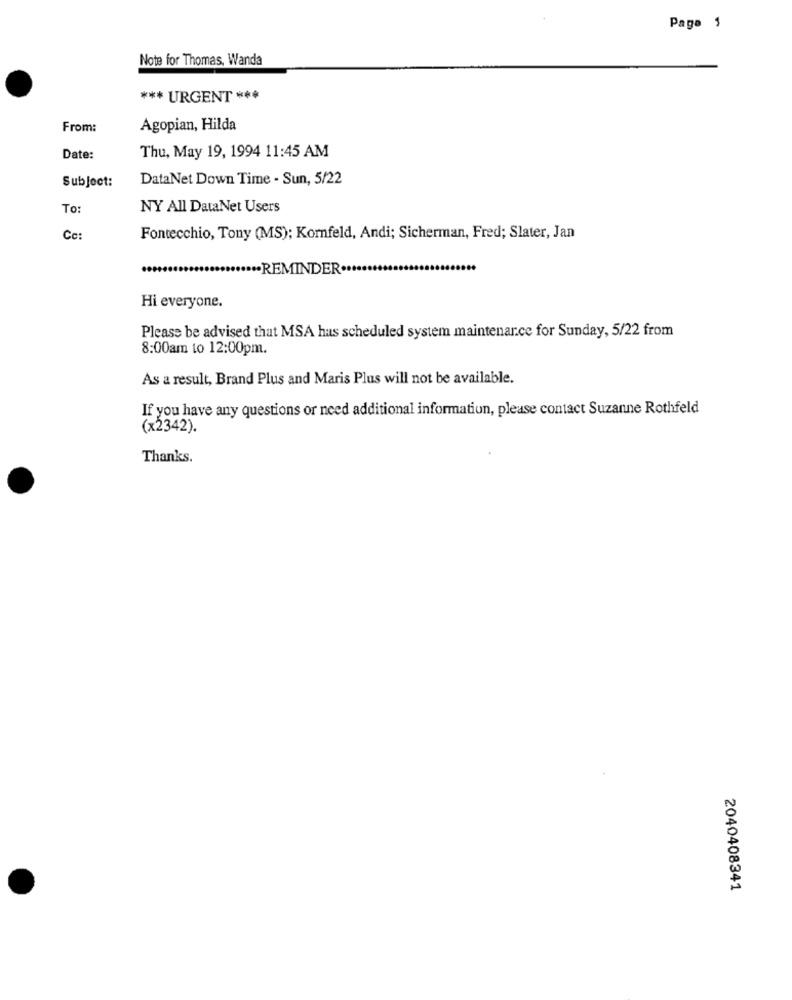
Page 1
Note for Thomas, Wanda
*** URGENT ***
From:
Agopian, Hilda
Date:
Thu, May 19, 1994 11:45 AM
Subject:
DataNet Down Time - Sun, 5/22
To:
NY All DataNet Users
Cc:
Fontecchio, Tony (MS); Komfeld, Andi; Sicherman, Fred; Slater, Jan
"REMINDER ..
Hi everyone.
Please be advised that MSA hus scheduled system maintenance for Sunday, 5/22 from
8:00am to 12:00pm.
As a result, Brand Plus and Maris Plus will not be available.
If you have any questions or need additional information, please contact Suzanne Rothfeld
(x2342).
Thanks.
2040408341